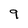
Character: 9